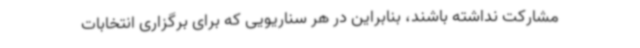
مشارکت نداشته باشند، بنابراین در هر سناریویی که برای برگزاری انتخابات